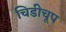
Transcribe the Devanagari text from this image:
चिडीचूप